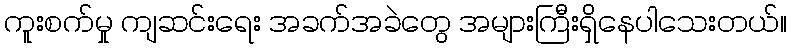
ကူးစက်မှု ကျဆင်းရေး အခက်အခဲတွေ အများကြီးရှိနေပါသေးတယ်။